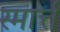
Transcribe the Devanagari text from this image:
स्मार्त्त